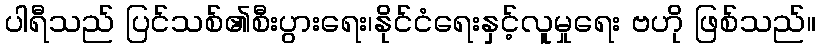
ပါရီသည် ပြင်သစ်၏စီးပွားရေး၊နိုင်ငံရေးနှင့်လူမှုရေး ဗဟို ဖြစ်သည်။